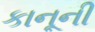
કાનૂની